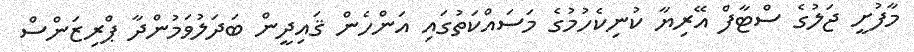
މާފުށީ ޖަލުގެ ސްޓާފް އޭރިޔާ ކުނިކެހުމުގެ މަސައްކަތުގައި އަންހެން ޤައިދީން ބަދަލުވަމުންދާ ޕްރިޒަންސް